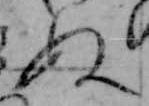
ぬ